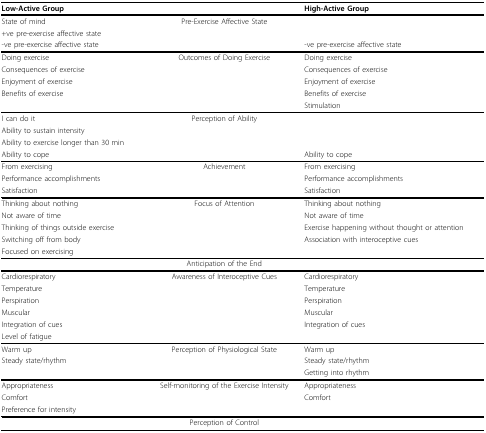
<table><thead><tr><td><b>Low-Active Group</b></td><td></td><td><b>High-Active Group</b></td></tr></thead><tbody><tr><td>State of mind</td><td>Pre-Exercise Affective State</td><td></td></tr><tr><td>+ve pre-exercise affective state</td><td></td><td></td></tr><tr><td>-ve pre-exercise affective state</td><td></td><td>-ve pre-exercise affective state</td></tr><tr><td>Doing exercise</td><td>Outcomes of Doing Exercise</td><td>Doing exercise</td></tr><tr><td>Consequences of exercise</td><td></td><td>Consequences of exercise</td></tr><tr><td>Enjoyment of exercise</td><td></td><td>Enjoyment of exercise</td></tr><tr><td>Benefits of exercise</td><td></td><td>Benefits of exercise</td></tr><tr><td></td><td></td><td>Stimulation</td></tr><tr><td>I can do it</td><td>Perception of Ability</td><td></td></tr><tr><td>Ability to sustain intensity</td><td></td><td></td></tr><tr><td>Ability to exercise longer than 30 min</td><td></td><td></td></tr><tr><td>Ability to cope</td><td></td><td>Ability to cope</td></tr><tr><td>From exercising</td><td>Achievement</td><td>From exercising</td></tr><tr><td>Performance accomplishments</td><td></td><td>Performance accomplishments</td></tr><tr><td>Satisfaction</td><td></td><td>Satisfaction</td></tr><tr><td>Thinking about nothing</td><td>Focus of Attention</td><td>Thinking about nothing</td></tr><tr><td>Not aware of time</td><td></td><td>Not aware of time</td></tr><tr><td>Thinking of things outside exercise</td><td></td><td>Exercise happening without thought or attention</td></tr><tr><td>Switching off from body </td><td></td><td>Association with interoceptive cues</td></tr><tr><td>Focused on exercising</td><td></td><td></td></tr><tr><td></td><td>Anticipation of the End</td><td></td></tr><tr><td>Cardiorespiratory</td><td>Awareness of Interoceptive Cues</td><td>Cardiorespiratory</td></tr><tr><td>Temperature</td><td></td><td>Temperature</td></tr><tr><td>Perspiration</td><td></td><td>Perspiration</td></tr><tr><td>Muscular</td><td></td><td>Muscular</td></tr><tr><td>Integration of cues</td><td></td><td>Integration of cues</td></tr><tr><td>Level of fatigue</td><td></td><td></td></tr><tr><td>Warm up</td><td>Perception of Physiological State</td><td>Warm up</td></tr><tr><td>Steady state/rhythm</td><td></td><td>Steady state/rhythm</td></tr><tr><td></td><td></td><td>Getting into rhythm</td></tr><tr><td>Appropriateness</td><td>Self-monitoring of the Exercise Intensity</td><td>Appropriateness</td></tr><tr><td>Comfort</td><td></td><td>Comfort</td></tr><tr><td>Preference for intensity</td><td></td><td></td></tr><tr><td></td><td>Perception of Control</td><td></td></tr></tbody></table>